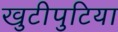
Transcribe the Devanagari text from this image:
खुटीपुटिया